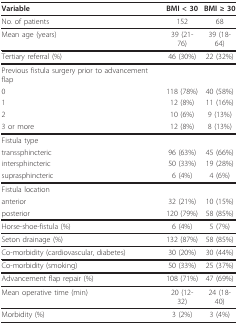
| Variable | BMI < 30 | BMI ≥ 30 |
 | --- | --- | --- |
 | No. of patients | 152 | 68 |
 | Mean age (years) | 39 (21-76) | 39 (18-64) |
 | Tertiary referral (%) | 46 (30%) | 22 (32%) |
 | Previous fistula surgery prior to advancement flap |  |  |
 | 0 | 118 (78%) | 40 (58%) |
 | 1 | 12 (8%) | 11 (16%) |
 | 2 | 10 (6%) | 9 (13%) |
 | 3 or more | 12 (8%) | 8 (13%) |
 | Fistula type |  |  |
 | transsphincteric | 96 (63%) | 45 (66%) |
 | intersphincteric | 50 (33%) | 19 (28%) |
 | suprasphincteric | 6 (4%) | 4 (6%) |
 | Fistula location |  |  |
 | anterior | 32 (21%) | 10 (15%) |
 | posterior | 120 (79%) | 58 (85%) |
 | Horse-shoe-fistula (%) | 6 (4%) | 5 (7%) |
 | Seton drainage (%) | 132 (87%) | 58 (85%) |
 | Co-morbidity (cardiovascular, diabetes) | 30 (20%) | 30 (44%) |
 | Co-morbidity (smoking) | 50 (33%) | 25 (37%) |
 | Advancement flap repair (%) | 108 (71%) | 47 (69%) |
 | Mean operative time (min) | 20 (12-32) | 24 (18-40) |
 | Morbidity (%) | 3 (2%) | 3 (4%) |